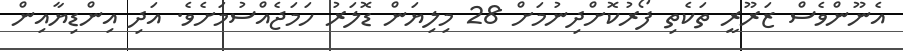
އެނޫންވެސް ޒަރޫރީ ތަކެތި ފޯރުކޮށްދިނުމަށް 28 މިލިޔަން ޑޮލަރު ހަމަޖެއްސުމަށެވެ. އަދި އިންޑިޔާއިން